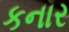
કનાર